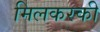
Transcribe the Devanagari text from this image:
मिलकरकी